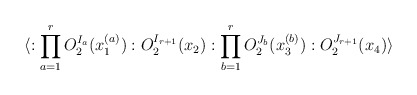
\begin{align*}\langle :\prod_{a=1}^r O_2^{I_a}(x_1^{(a)}): O_2^{I_{r+1}}(x_2):\prod_{b=1}^r O_2^{J_b}(x_3^{(b)}): O_2^{J_{r+1}}(x_4) \rangle\end{align*}